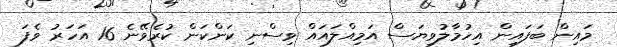
މައިން ބަފައިން އިހުމާލުވިޔަސް އަމިއްލައައް ވިސްނި ކަންކަން ކުރެވޭނެ 16 އަހަރު ވެފަ